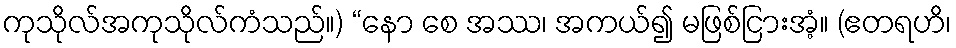
ကုသိုလ်အကုသိုလ်ကံသည်။) “နော စေ အဿ၊ အကယ်၍ မဖြစ်ငြားအံ့။ (ဧတရဟိ၊